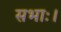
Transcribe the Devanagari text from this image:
सभाः।